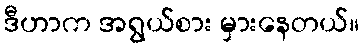
ဒီဟာက အရွယ်စား မှားနေတယ်။